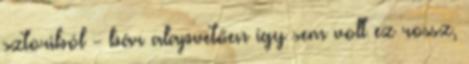
sztoriból - bár alapvetően így sem volt ez rossz,